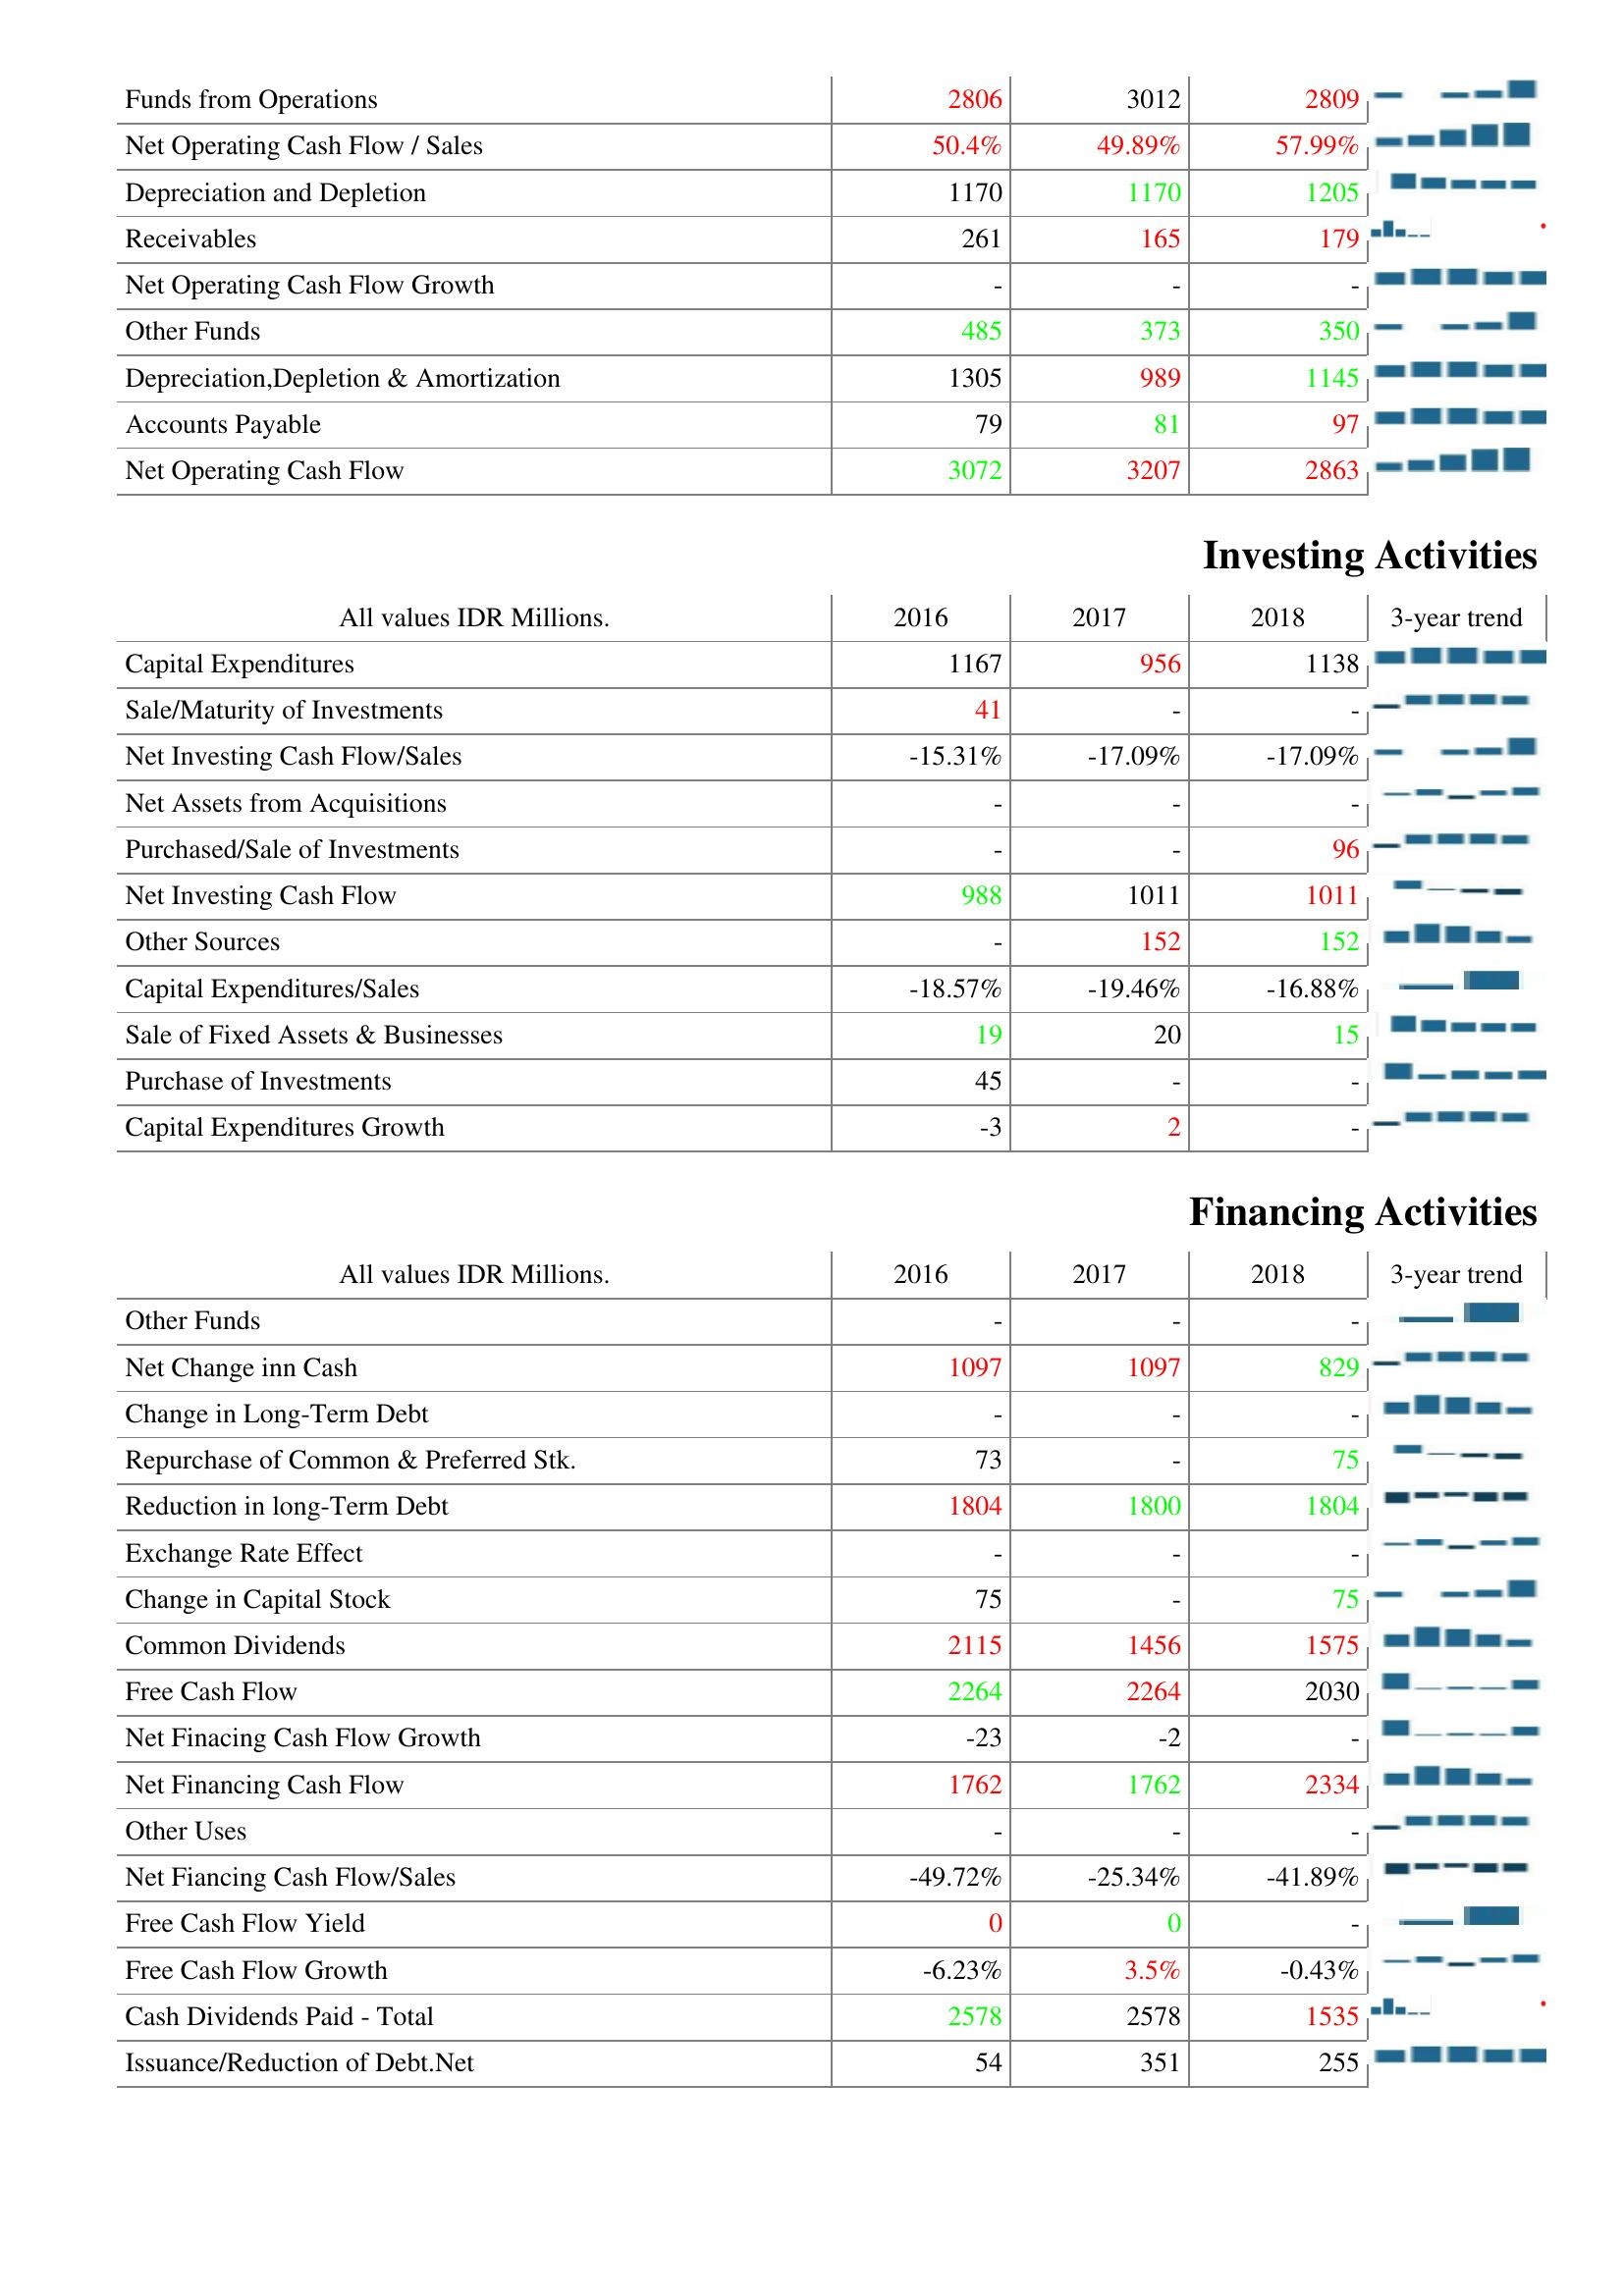
2016: Operating Activities: Funds from Operations: 2806
Net Operating Cash Flow / Sales: 50.4%
Depreciation and Depletion: 1170
Receivables: 261
Net Operating Cash Flow Growth: -
Other Funds: 485
Depreciation,Depletion & Amortization: 1305
Accounts Payable: 79
Net Operating Cash Flow: 3072
Investing Activities: Capital Expenditures: 1167
Sale/Maturity of Investments: 41
Net Investing Cash Flow/Sales: -15.31%
Net Assets from Acquisitions: -
Purchased/Sale of Investments: -
Net Investing Cash Flow: 988
Other Sources: -
Capital Expenditures/Sales: -18.57%
Sale of Fixed Assets & Businesses: 19
Purchase of Investments: 45
Capital Expenditures Growth: -3
Financing Activities: Other Funds: -
Net Change inn Cash: 1097
Change in Long-Term Debt: -
Repurchase of Common & Preferred Stk.: 73
Reduction in long-Term Debt: 1804
Exchange Rate Effect: -
Change in Capital Stock: 75
Common Dividends: 2115
Free Cash Flow: 2264
Net Finacing Cash Flow Growth: -23
Net Financing Cash Flow: 1762
Other Uses: -
Net Fiancing Cash Flow/Sales: -49.72%
Free Cash Flow Yield: 0
Free Cash Flow Growth: -6.23%
Cash Dividends Paid - Total: 2578
Issuance/Reduction of Debt.Net: 54
2017: Operating Activities: Funds from Operations: 3012
Net Operating Cash Flow / Sales: 49.89%
Depreciation and Depletion: 1170
Receivables: 165
Net Operating Cash Flow Growth: -
Other Funds: 373
Depreciation,Depletion & Amortization: 989
Accounts Payable: 81
Net Operating Cash Flow: 3207
Investing Activities: Capital Expenditures: 956
Sale/Maturity of Investments: -
Net Investing Cash Flow/Sales: -17.09%
Net Assets from Acquisitions: -
Purchased/Sale of Investments: -
Net Investing Cash Flow: 1011
Other Sources: 152
Capital Expenditures/Sales: -19.46%
Sale of Fixed Assets & Businesses: 20
Purchase of Investments: -
Capital Expenditures Growth: 2
Financing Activities: Other Funds: -
Net Change inn Cash: 1097
Change in Long-Term Debt: -
Repurchase of Common & Preferred Stk.: -
Reduction in long-Term Debt: 1800
Exchange Rate Effect: -
Change in Capital Stock: -
Common Dividends: 1456
Free Cash Flow: 2264
Net Finacing Cash Flow Growth: -2
Net Financing Cash Flow: 1762
Other Uses: -
Net Fiancing Cash Flow/Sales: -25.34%
Free Cash Flow Yield: 0
Free Cash Flow Growth: 3.5%
Cash Dividends Paid - Total: 2578
Issuance/Reduction of Debt.Net: 351
2018: Operating Activities: Funds from Operations: 2809
Net Operating Cash Flow / Sales: 57.99%
Depreciation and Depletion: 1205
Receivables: 179
Net Operating Cash Flow Growth: -
Other Funds: 350
Depreciation,Depletion & Amortization: 1145
Accounts Payable: 97
Net Operating Cash Flow: 2863
Investing Activities: Capital Expenditures: 1138
Sale/Maturity of Investments: -
Net Investing Cash Flow/Sales: -17.09%
Net Assets from Acquisitions: -
Purchased/Sale of Investments: 96
Net Investing Cash Flow: 1011
Other Sources: 152
Capital Expenditures/Sales: -16.88%
Sale of Fixed Assets & Businesses: 15
Purchase of Investments: -
Capital Expenditures Growth: -
Financing Activities: Other Funds: -
Net Change inn Cash: 829
Change in Long-Term Debt: -
Repurchase of Common & Preferred Stk.: 75
Reduction in long-Term Debt: 1804
Exchange Rate Effect: -
Change in Capital Stock: 75
Common Dividends: 1575
Free Cash Flow: 2030
Net Finacing Cash Flow Growth: -
Net Financing Cash Flow: 2334
Other Uses: -
Net Fiancing Cash Flow/Sales: -41.89%
Free Cash Flow Yield: -
Free Cash Flow Growth: -0.43%
Cash Dividends Paid - Total: 1535
Issuance/Reduction of Debt.Net: 255